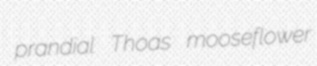
prandial Thoas mooseflower